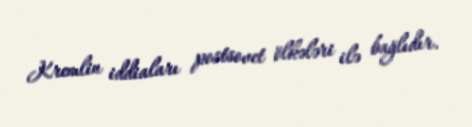
Kremlin iddiaları postsovet ölkələri ilə bağlıdır.